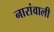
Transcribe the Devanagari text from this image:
नारांवाली